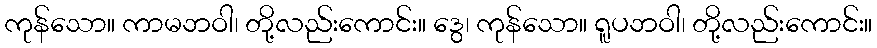
ကုန်သော။ ကာမဘဝါ၊ တို့လည်းကောင်း။ ဒွေ၊ ကုန်သော။ ရူပဘဝါ၊ တို့လည်းကောင်း။